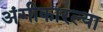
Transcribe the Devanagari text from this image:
अंगीकारल्या